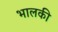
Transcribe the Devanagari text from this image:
भालकी